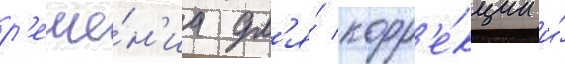
р'еше́н'иа дл'я́ корр'е́кции и́